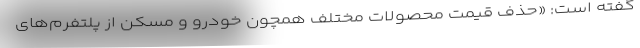
گفته است: «حذف قیمت محصولات مختلف همچون خودرو و مسکن از پلتفرم‌های